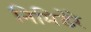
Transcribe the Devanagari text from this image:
निमिडेरे